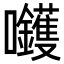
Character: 𡆇